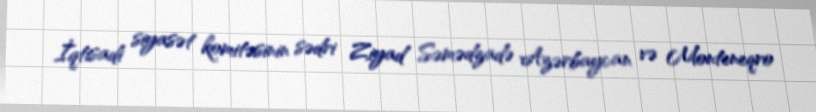
İqtisadi siyasət komitəsinin sədri Ziyad Səmədzadə Azərbaycan və Monteneqro